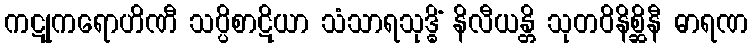
ကဋုကရောဟိဏီ သပ္ပိစာဋိယာ သံသာရသုဒ္ဓိံ နိလီယန္တိ သုတဝိနိစ္ဆိနီ ဓာရဏ